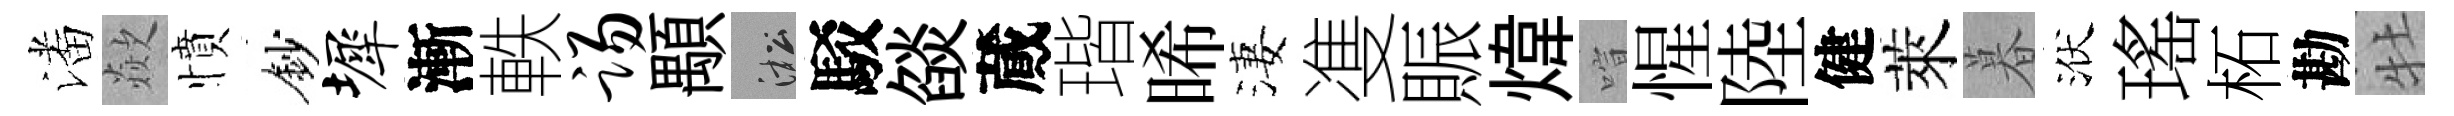
潘歘憤鈔墀漸軼踢顒淞駁燄蕆瑎晞淒㕠賑煒喧惺陸健萊暮洑瑤柘勘牡